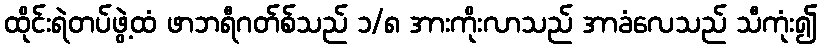
ထိုင်းရဲတပ်ဖွဲ့ထံ ဖာဘရီဂတ်စ်သည် ၁/၈ အားကိုးလာသည် အာခံလေသည် သီကုံး၍